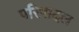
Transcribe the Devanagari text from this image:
परिपादल